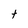
Character: t